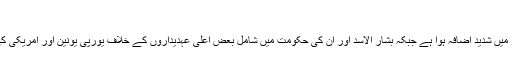
‘
عالمی سطح پر بشارالاسد حکومت کے خلاف دباؤ میں شدید اضافہ ہوا ہے جبکہ بشار الاسد اور ان کی حکومت میں شامل بعض اعلیٰ عہدیداروں کے خلاف یورپی یونین اور امریکی کی جانب سے سخت پابندیاں بھی عائد کی گئی ہیں۔